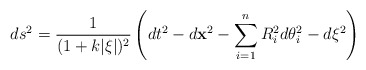
\begin{align*}ds^2={1\over (1+k|\xi|)^2}\left(dt^2-d{\bf x}^2-\sum_{i=1}^{n}R_i^2d\theta_i^2-d\xi^2\right)\end{align*}